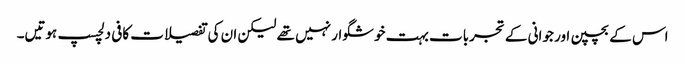
اس کے بچپن اور جوانی کے تجربات بہت خوشگوار نہیں تھے لیکن ان کی تفصیلات کافی دلچسپ ہوتیں۔